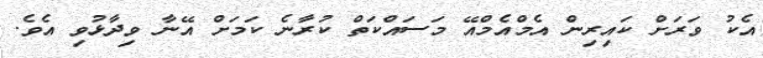
އެކު ވަރަށް ކައިރިން އެމްއެމްއޭ މަސައްކަތް ކުރާނެ ކަމަށް އޭނާ ވިދާޅުވި އެވެ.